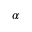
\alpha